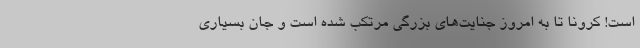
است! کرونا تا به امروز جنایت‌های بزرگی مرتکب شده است و جان بسیاری